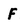
Character: f